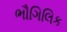
ભૌગિલિક